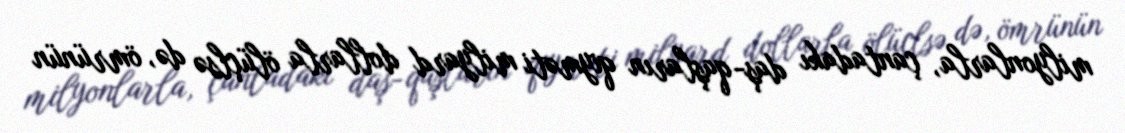
milyonlarla, çantadakı daş-qaşların qiyməti milyard dollarla ölüçlsə də, ömrünün